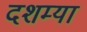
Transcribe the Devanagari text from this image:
दशम्या